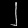
Digit: ၂